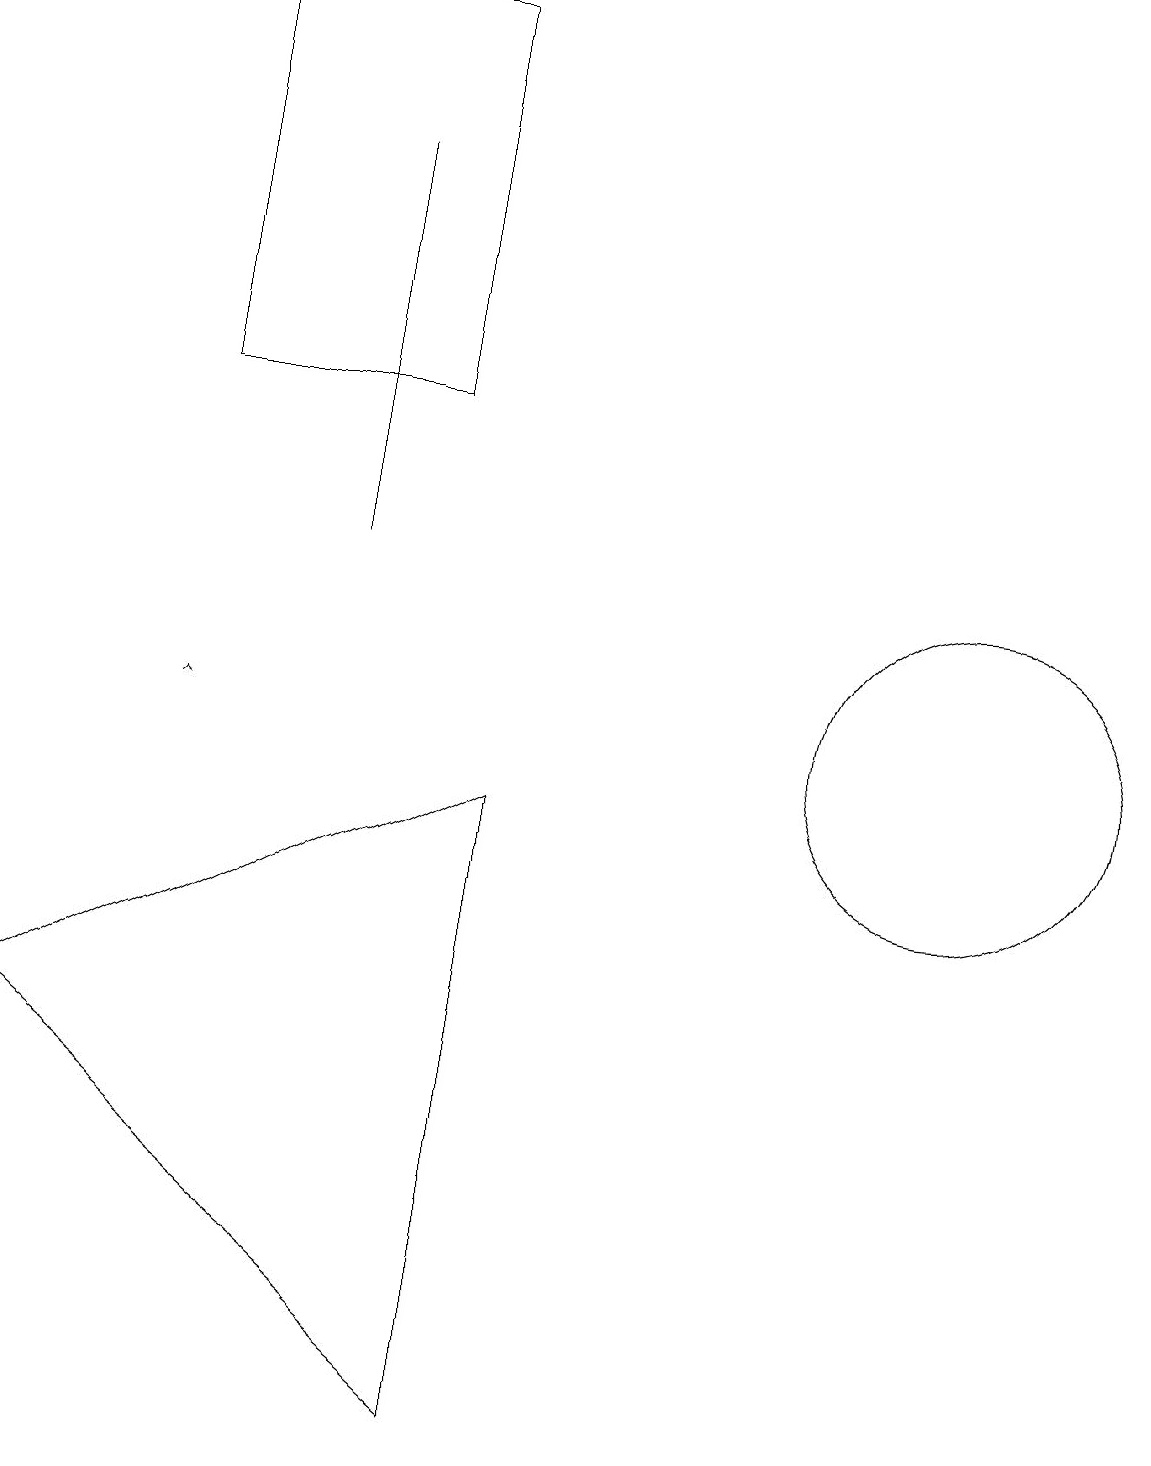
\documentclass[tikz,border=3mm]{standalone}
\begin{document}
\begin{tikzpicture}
\draw (2,19) rectangle (5,14);
\draw (0,6) -- (6,9) -- (6,1) -- cycle;
\draw (4,17) rectangle (4,12);
\draw[->] (2,10) -- (2,10);
\draw (10,10) circle (0);
\draw (12,10) circle (2);
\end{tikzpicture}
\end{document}